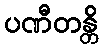
ပဏီတန္တိ